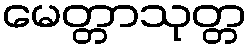
မေတ္တာသုတ္တ